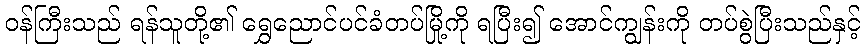
ဝန်ကြီးသည် ရန်သူတို့၏ ရွှေညောင်ပင်ခံတပ်မြို့ကို ရပြီး၍ အောင်ကျွန်းကို တပ်စွဲပြီးသည်နှင့်